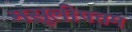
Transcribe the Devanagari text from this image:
मसूलीपत्तम